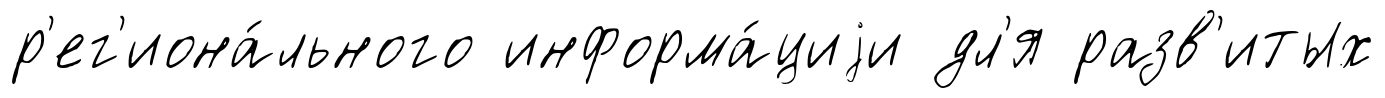
р'ег'иона́льного информа́циjи дл'я разв'итых